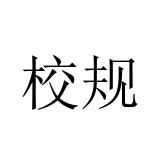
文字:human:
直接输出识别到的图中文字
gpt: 校规